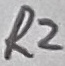
Text: R2